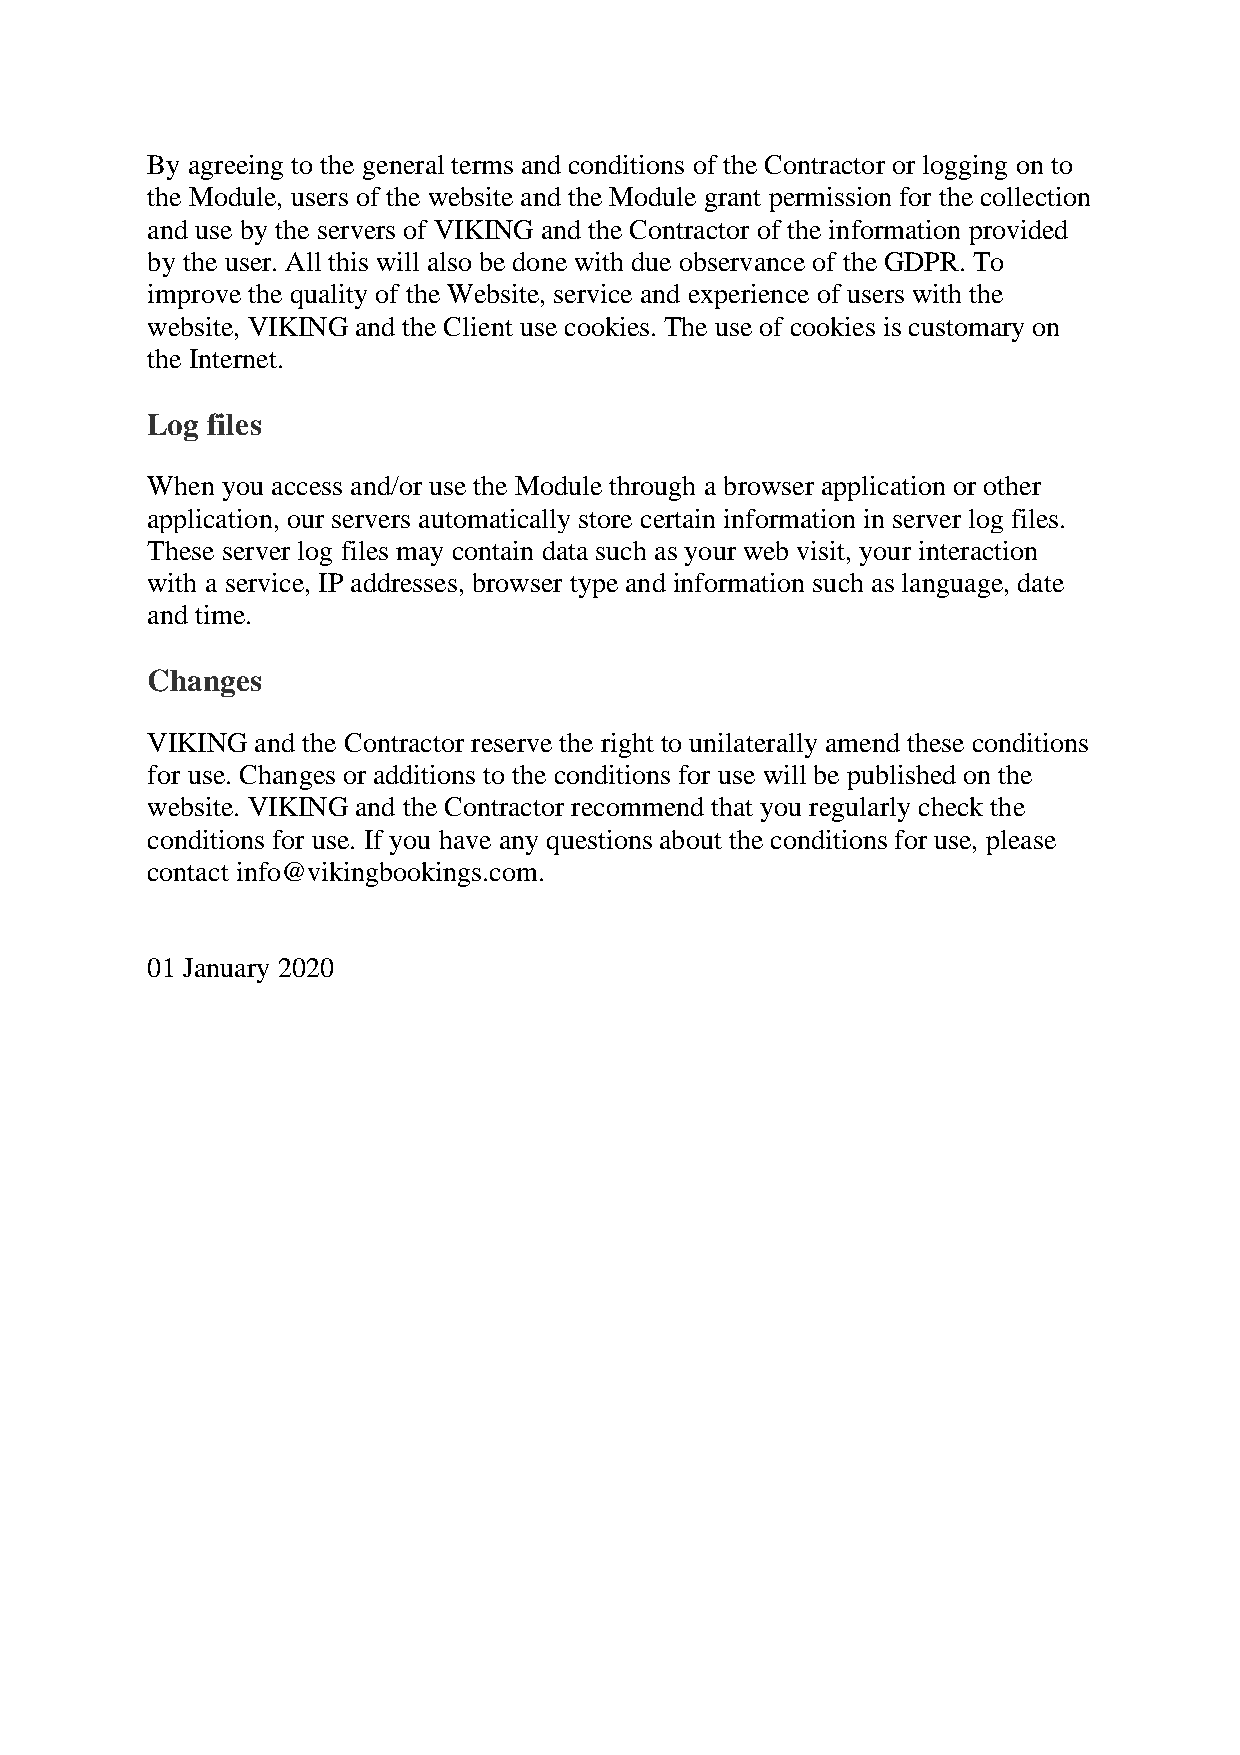
By agreeing to the general terms and conditions of the Contractor or logging on to
 the Module, users of the website and the Module grant permission for the collection
 and use by the servers of VIKING and the Contractor of the information provided
 by the user. All this will also be done with due observance of the GDPR. To
 improve the quality of the Website, service and experience of users with the
 website, VIKING and the Client use cookies. The use of cookies is customary on
 the Internet.
 Log files
 When you access and/or use the Module through a browser application or other
 application, our servers automatically store certain information in server log files.
 These server log files may contain data such as your web visit, your interaction
 with a service, IP addresses, browser type and information such as language, date
 and time.
 Changes
 VIKING and the Contractor reserve the right to unilaterally amend these conditions
 for use. Changes or additions to the conditions for use will be published on the
 website. VIKING and the Contractor recommend that you regularly check the
 conditions for use. If you have any questions about the conditions for use, please
 contact info@vikingbookings.com.
 01 January 2020